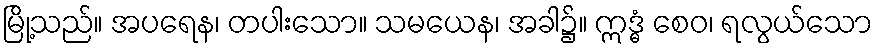
မြို့သည်။ အပရေန၊ တပါးသော။ သမယေန၊ အခါ၌။ ဣဒ္ဓံ စေဝ၊ ရလွယ်သော